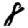
Digit: 8